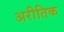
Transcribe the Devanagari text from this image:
अरीतिक